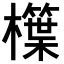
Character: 𣞫